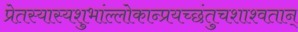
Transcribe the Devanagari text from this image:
प्रेतस्यास्यशुभांल्लोकान्प्रयच्छंतुचशाश्वतान्